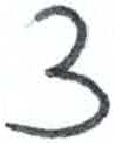
אות: צ